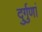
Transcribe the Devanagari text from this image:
दुर्गुणां